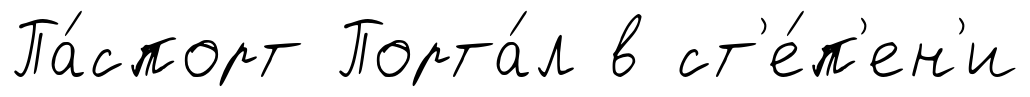
Па́спорт Порта́л в ст'е́п'ен'и